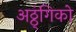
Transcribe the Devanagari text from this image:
अठ्ठ्ंगिको